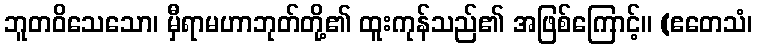
ဘူတဝိသေသော၊ မှီရာမဟာဘုတ်တို့၏ ထူးကုန်သည်၏ အဖြစ်ကြောင့်။ (ဧတေသံ၊